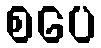
စပေ